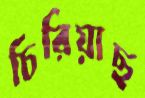
চিরিয়াছ